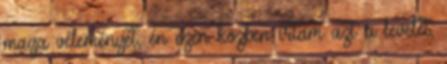
maga véleményét, én ezen közben írtam azt a levelet,